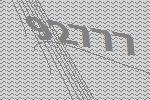
92777